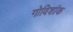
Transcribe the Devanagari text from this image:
गोविशांक